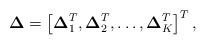
LaTeX: \begin{align*}\boldsymbol{\Delta} = \left[\boldsymbol{\Delta}_1^T, \boldsymbol{\Delta}_2^T, \ldots , \boldsymbol{\Delta}_K^T \right]^T,\end{align*}